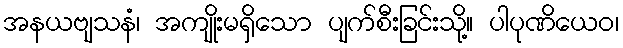
အနယဗျသနံ၊ အကျိုးမရှိသော ပျက်စီးခြင်းသို့။ ပါပုဏိယေဝ၊